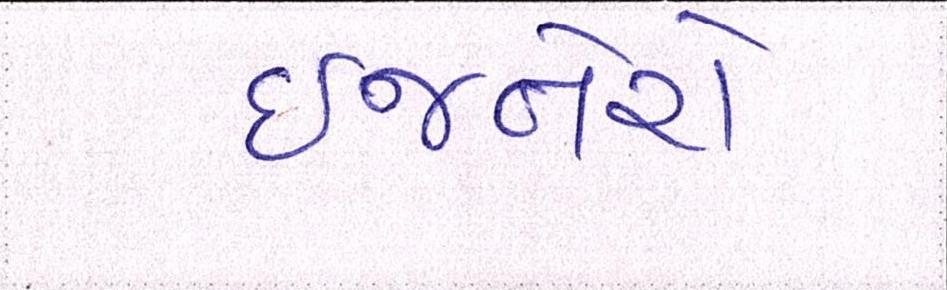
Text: ઈજનેરો